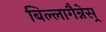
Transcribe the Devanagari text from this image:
बिल्लागैन्नेस्र्